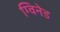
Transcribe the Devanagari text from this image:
ग्विनेड